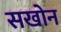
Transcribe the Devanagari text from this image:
सखोन